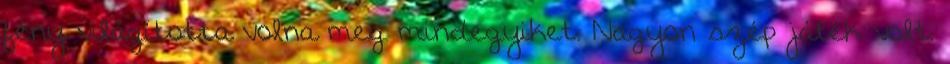
fény világította volna meg mindegyiket. Nagyon szép játék volt.